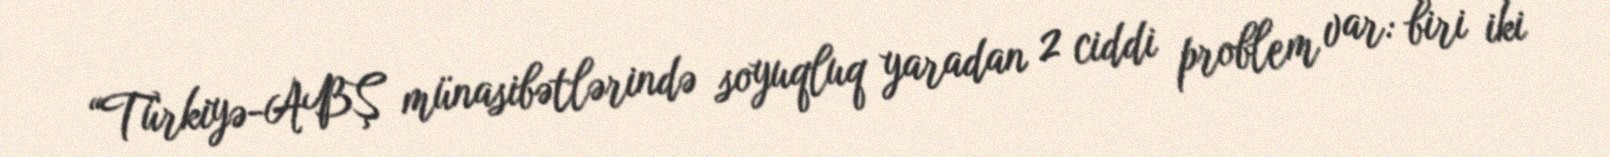
“Türkiyə-ABŞ münasibətlərində soyuqluq yaradan 2 ciddi problem var: biri iki